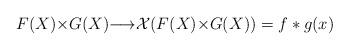
LaTeX: \begin{align*}F(X){\times}G(X){\longrightarrow}{\cal X}(F(X){\times}G(X))=f*g(x)\end{align*}